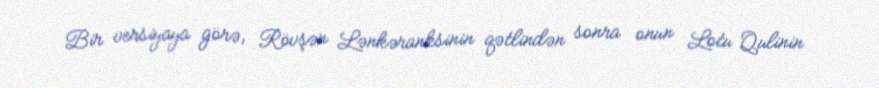
Bir versiyaya görə, Rövşən Lənkəranksinin qətlindən sonra onun Lotu Qulinin